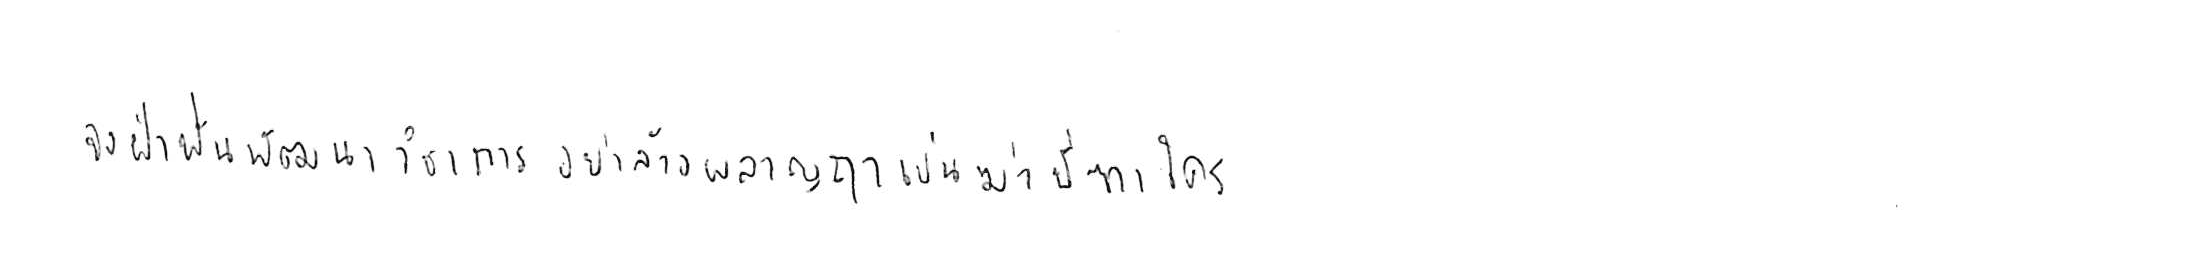
จงฝ่าฟันพัฒนาวิชาการ อย่าล้างผลาญฤๅเข่นฆ่าบีฑาใคร